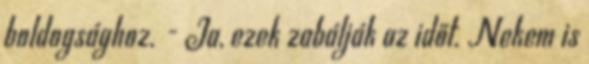
boldogsághoz. - Ja, ezek zabálják az időt. Nekem is